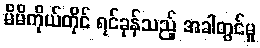
မိမိကိုယ်တိုင် ရင်ခုန်သည့် အခါတွင်မူ